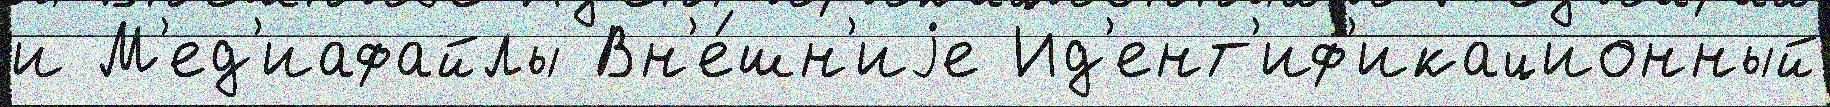
и М'ед'иафайлы Вн'е́шн'иjе Ид'ент'иф'икационный